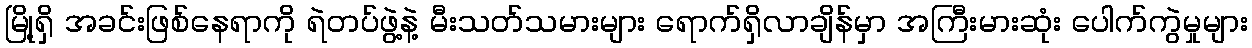
မြို့ရှိ အခင်းဖြစ်နေရာကို ရဲတပ်ဖွဲ့နဲ့ မီးသတ်သမားများ ရောက်ရှိလာချိန်မှာ အကြီးမားဆုံး ပေါက်ကွဲမှုများ